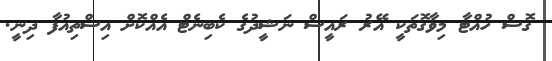
ގޮސް ހުއްޓާ މިވާގޮތަކީ އޭރު ރައީސް ނަޝީދުގެ ކެބިނެޓް އެއްކޮށް އިސްތިއުފާ ދިނީ.